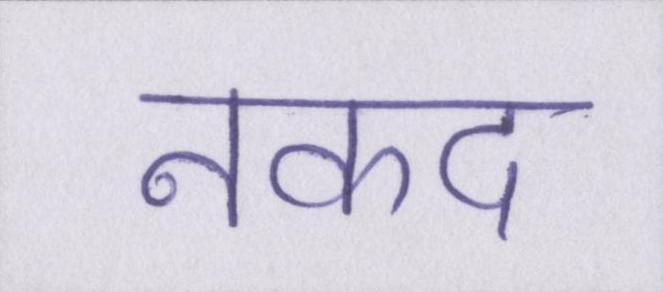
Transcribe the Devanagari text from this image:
नकद